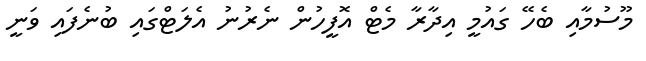
މޫސުމާއި ބެހޭ ގައުމީ އިދާރާ މެޓް އޮފީހުން ނެރުނު އެލަޓްގައި ބުނެފައި ވަނީ